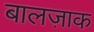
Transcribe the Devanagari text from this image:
बालज़ाक